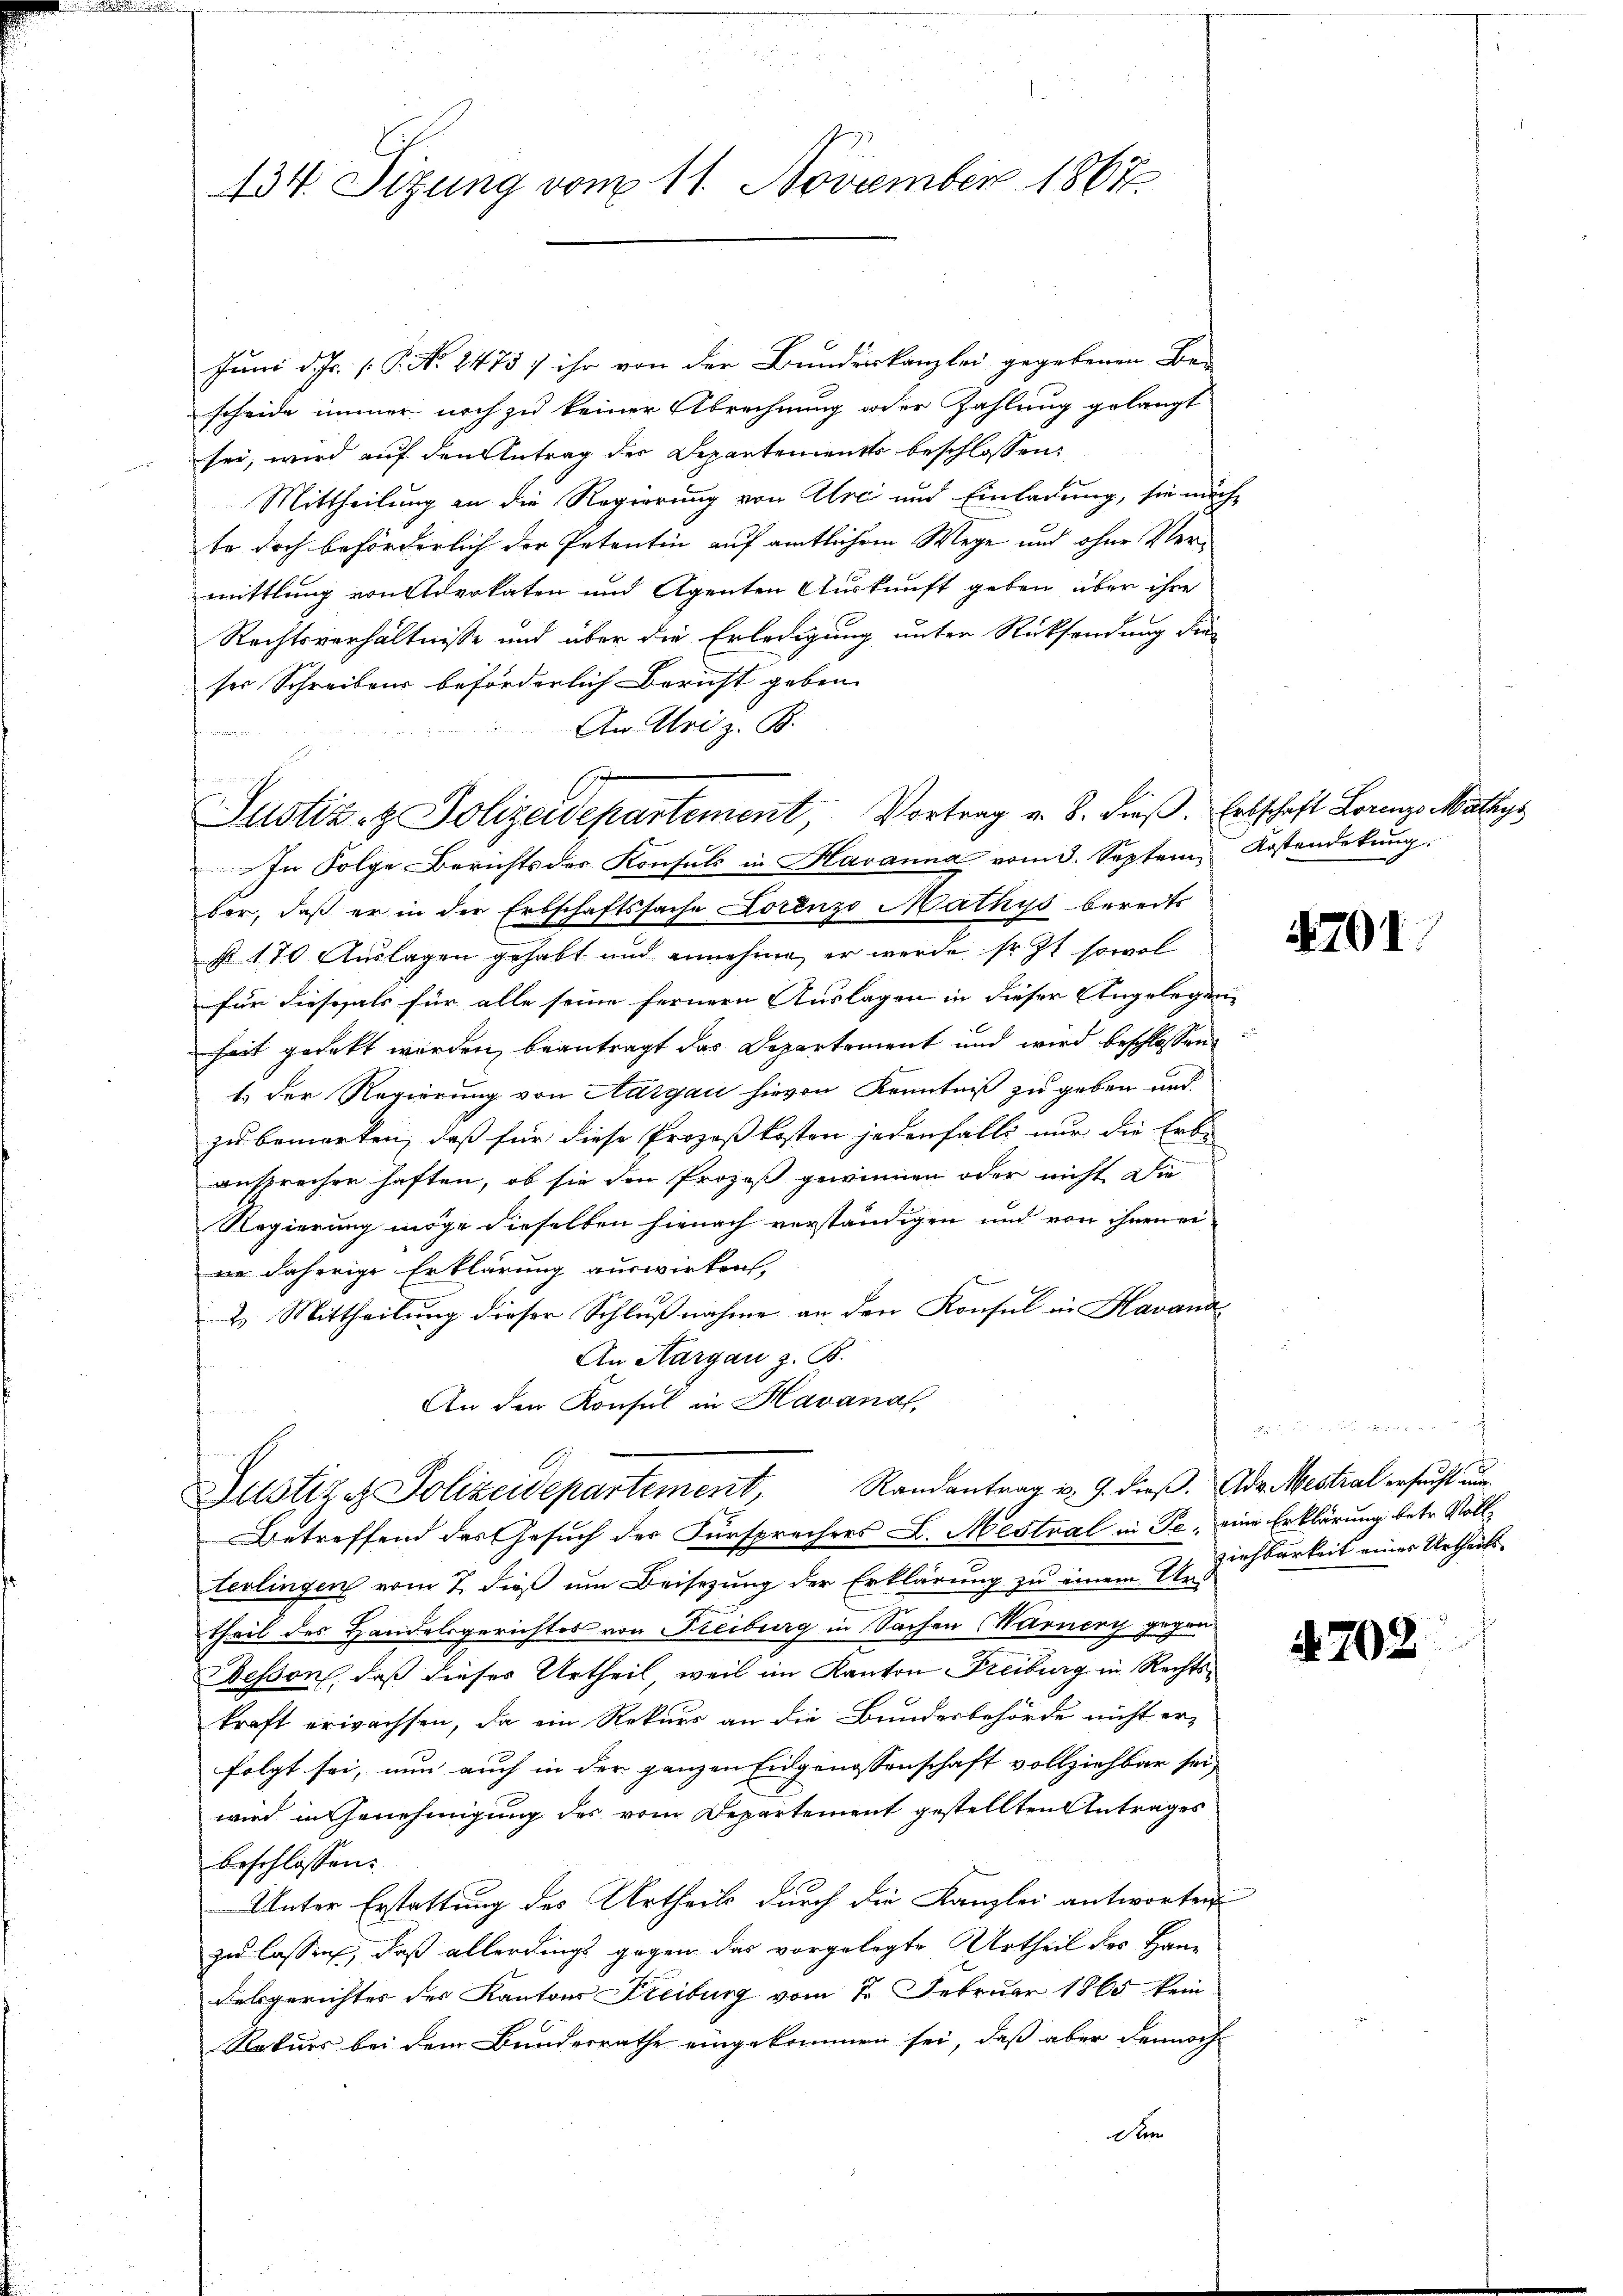
434. Sizung vom 11. November 1867.

Juni d. Js. [P. No. 2475; ihr von der Bunderkanzlei gegebenen Be-
scheide immer noch zu keiner Abrechnung oder Zahlung gelangt
sei, wird auf den Antrag der Departements beschlossen:
Mittheilung an die Regierung von Uri und Einladung, sie möchte doch beförderlich der Patentin auf amtlichem Wege und ohne Vermittlung von Anerkaten und Agenten Auskunft geben über ihre
Rechtsverhältnisse und über die Erledigung unter Rücksendung die
ser Schreibens beförderlich Bericht geben.
An Mai z. B.
fr. von einen
Justiz- & Polizeidepartement, Vortrag v. 8. dieβ. Erbschaft Lorenz Malys
In Folge Berichts des Konsuls in Havanna vom 3. Septem Kostendekung.
ber, daß er in der Erbschaftssache Lorenzo Mathys bereits
st 170 Auslagen gehabt und annehme, er werde sr. Zt. sowol
für diese als für alle seine fernern Auslagen in dieser Angelegen
heit gedekt worden, beantragt das Departement und wird beschlossen
1. Der Regierung von Aargau hievon Kenntniß zu geben und
zu bemerken, daß für diese Prozeßkosten jedenfalls nur die Erb-
ansprechen haften, ob sie den Prozeß gewinnen oder nicht die
Regierung möge dieselben hienach verständigen und von ihnen ei
ne daherige Erklärung auswirken,
2. Mittheilung dieser Schlußnahme an den Konsul in Havana
An Aargau z. R.
An den Konsul in Havanal,

Justiz & Polizeidepartement, Randantrag u. 9. dieß. Ad Mestrat ersucht un
Betreffend das Gesuch der Fürsprechers L. Mestral in Fe, eine Erklärung betr. Voll¬

terlingen vom 7. dieß um Beisezung der Erklärung zu einem Urs
theil des Handelsgerichtes von Freiburg in Sachen Warner gegen¬
Desson, daß dieses Urtheil, weil im Kanton Freiburg in Rechtskraft erwachsen, da ein Rekurs an die Bunderbehörde nicht er-
folgt sei, nun auch in der ganzen Eidgenossenschaft vollziehbar sei,
wird in Genehmigung des vom Departement gestellten Antrages
beschlossen:
Unter Erstattung des Urtheils durch die Kanzlei antworten
zu lassen, daß allerdings gegen das vorgelegte Urtheil des Han¬
Desgerichtes des Kantons Freiburg vom 2. Februar 1865 kein
Rekurs bei dem Bundesrathe eingekommen sei, daß aber dennoch
An

4701

f

ziehbarkeit eines Urtheils

4702